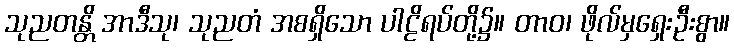
သုညတန္တိ အာဒီသု၊ သုညတံ အစရှိသော ပါဠိရပ်တို့၌။ တာဝ၊ ဖိုလ်မှရှေးဦးစွာ။